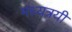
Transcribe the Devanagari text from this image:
मध्यत्रयी